Notes on the propagation and cultivation of the medicinal cinchonas, or Peruvian bark trees
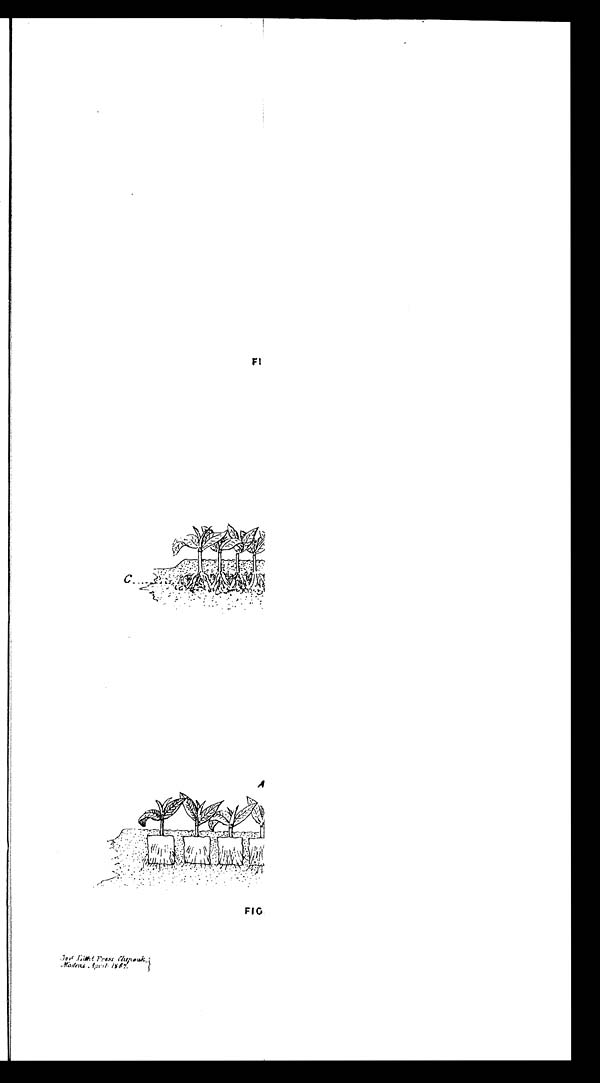
Fl
FIG
Govt Litho Press Chepauk
Madras April 1867.